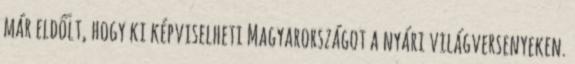
már eldőlt, hogy ki képviselheti Magyarországot a nyári világversenyeken.